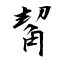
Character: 觢